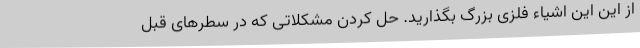
از این این اشیاء فلزی بزرگ بگذارید. حل کردن مشکلاتی که در سطرهای قبل